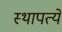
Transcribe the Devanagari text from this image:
स्थापत्ये